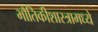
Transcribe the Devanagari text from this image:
भौतिकीशास्त्रामध्ये